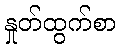
နှုတ်ထွက်စာ